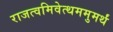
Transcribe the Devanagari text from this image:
राजत्वमिवेत्थममुमर्थं